Lunatic asylums in Bengal annual reports 1912-1924 - 1912-1924
Year: 1912
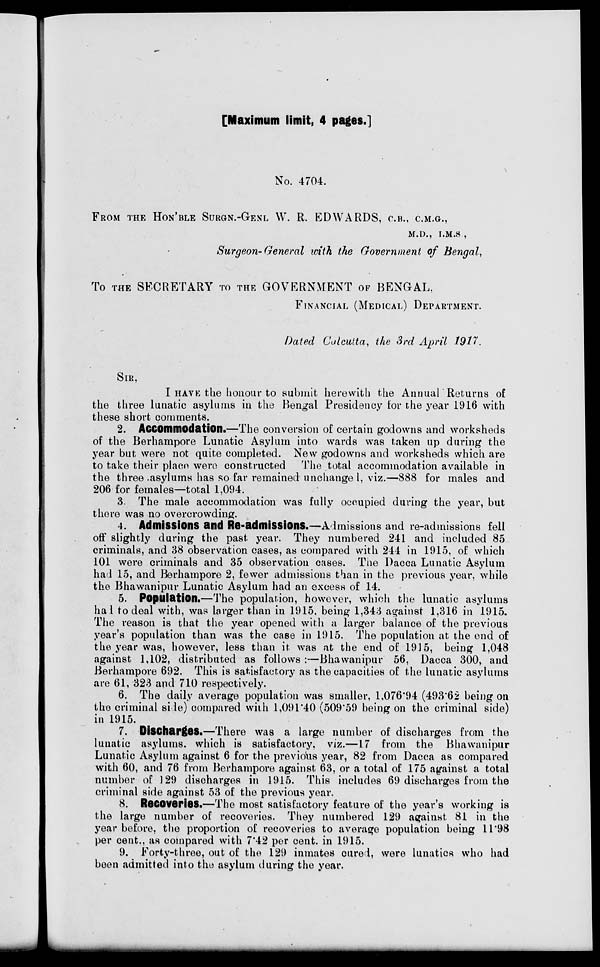
[Maximum limit, 4 pages.]
No. 4704.
FROM THE HON' BLE SURGN.-GENL W. R. EDWARDS, C.B., C.M.G.,
M.D., I.M.S.,
Surgeon-General with the Government of Bengal,
To THE SECRETARY TO THE GOVERNMENT OF BENGAL,
FINANCIAL (MEDICAL) DEPARTMENT.
Dated Calcutta, the 3rd April 1917.
SIR,
I HAVE the honour to submit herewith the Annual Returns of
the three lunatic asylums in the Bengal Presidency for the year 1916 with
these short comments.
2. Accommodation.—The conversion of certain godowns and worksheds
of the Berhampore Lunatic Asylum into wards was taken up during the
year but were not quite completed. New godowns and worksheds which are
to take their place were constructed The total accommodation available in
the three asylums has so far remained unchanged, viz.—888 for males and
206 for females—total 1,094.
3. The male accommodation was fully occupied during the year, but
there was no overcrowding.
4. Admissions and Re-admissions.—Admissions and re-admissions fell
off slightly during the past year. They numbered 241 and included 85
criminals, and 38 observation cases, as compared with 244 in 1915, of which
101 were criminals and 35 observation cases. The Dacca Lunatic Asylum
had 15, and Berhampore 2, fewer admissions than in the previous year, while
the Bhawanipur Lunatic Asylum had an excess of 14.
5. Population.—The population, however, which the lunatic asylums
had to deal with, was larger than in 1915, being 1,343 against 1,316 in 1915.
The reason is that the year opened with a larger balance of the previous
year's population than was the case in 1915. The population at the end of
the year was, however, less than it was at the end of 1915, being 1,048
against 1,102, distributed as follows :—Bhawanipur 56, Dacca 300, and
Berhampore 692. This is satisfactory as the capacities of the lunatic asylums
are 61, 323 and 710 respectively.
6. The daily average population was smaller, 1,076.94 (493.62 being on
the criminal side) compared with 1,091.40 (509.59 being on the criminal side)
in 1915.
7. Discharges.—There was a large number of discharges from the
lunatic asylums, which is satisfactory, viz.—17 from the Bhawanipur
Lunatic Asylum against 6 for the previous year, 82 from Dacca as compared
with 60, and 76 from Berhampore against 63, or a total of 175 against a total
number of 129 discharges in 1915. This includes 69 discharges from the
criminal side against 53 of the previous year.
8. Recoveries.—The most satisfactory feature of the year's working is
the large number of recoveries. They numbered 129 against 81 in the
year before, the proportion of recoveries to average population being 11.98
per cent., as compared with 7.42 per cent. in 1915.
9. Forty-three, out of the 129 inmates cured, were lunatics who had
been admitted into the asylum during the year.